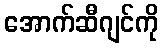
အောက်ဆီဂျင်ကို